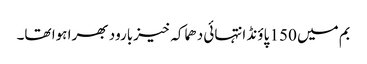
بم میں 150 پاؤنڈ انتہائی دھماکہ خیزبارود بھرا ہوا تھا۔